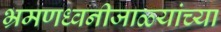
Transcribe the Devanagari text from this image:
भ्रमणध्वनीजाळ्यांच्या